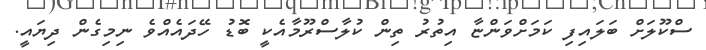
ސްކޫލަށް ބަލައިފި ކަމަށްވަންޏާ އިތުރު ތިން ކުލާސްރޫމާއެކީ ބޮޑު ހޭދައެއްވެ ނިމިގެން ދިޔައީ.